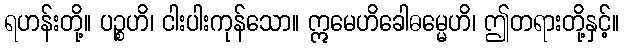
ရဟန်းတို့။ ပဉ္စဟိ၊ ငါးပါးကုန်သော။ ဣမေဟိခေါဓမ္မေဟိ၊ ဤတရားတို့နှင့်။